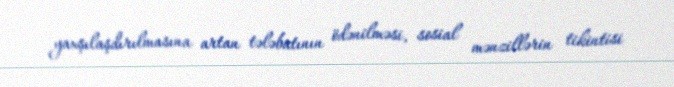
yaxşılaşdırılmasına artan tələbatının ödənilməsi, sosial mənzillərin tikintisi